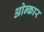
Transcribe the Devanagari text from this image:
ओन्कार